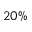
2 0 \%